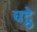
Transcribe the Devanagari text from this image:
चट्ठे